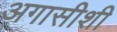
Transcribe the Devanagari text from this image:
अगासीशी